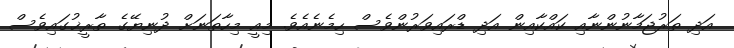
އަދި ތަރުޖަމާނުންނާއި ކައްކާއިން އަދި ޑްރައިވަރުންވެސް ހިމެނެއެވެ. މިއީ މިހާތަނަށް ދުނިޔޭގެ ތާރީޚުގައިވެސް